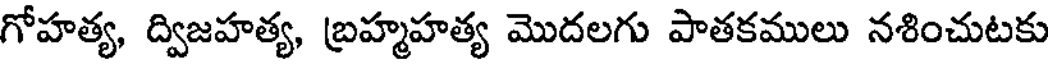
గోహత్య, ద్విజహత్య, బ్రహ్మహత్య మొదలగు పాతకములు నశించుటకు